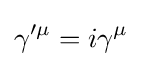
\gamma '^{\mu }=i\gamma ^{\mu }